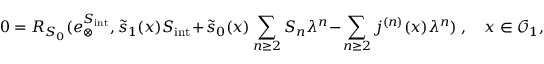
0 = R _ { S _ { 0 } } ( e _ { \otimes } ^ { S _ { \mathrm { i n t } } } , \tilde { s } _ { 1 } ( x ) S _ { \mathrm { i n t } } + \tilde { s } _ { 0 } ( x ) \sum _ { n \ge 2 } S _ { n } \lambda ^ { n } - \sum _ { n \ge 2 } \d j ^ { ( n ) } ( x ) \lambda ^ { n } ) \ , \quad x \in \mathcal { O } _ { 1 } ,